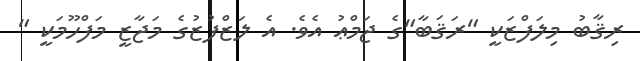
ރިޤާބު މިލަފްޒަކީ "ރަޤަބާ"ގެ ޖަމްޢު އެވެ. އެ ލަޒްފުޒުގެ މަޖާޒީ މަފްހޫމަކީ "